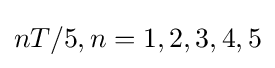
nT/5,n=1,2,3,4,5